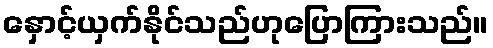
နှောင့်ယှက်နိုင်သည်ဟုပြောကြားသည်။